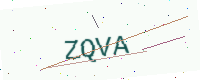
Text: ZQVA